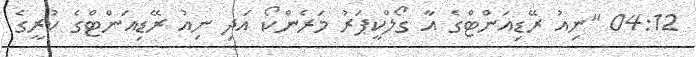
04:12 "ނިއު ރޭޑިއަންޓްގެ އާ ގޯލްކީޕަރު މަރެންކޯ އަދި ނިއު ރޭޑިއަންޓްގެ ކުރީގެ